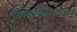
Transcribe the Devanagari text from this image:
विष्णूमंदिरांच्या